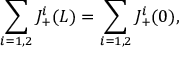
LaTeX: \sum _ { i = 1 , 2 } J _ { + } ^ { i } ( L ) = \sum _ { i = 1 , 2 } J _ { + } ^ { i } ( 0 ) ,